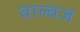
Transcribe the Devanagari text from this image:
वाल्वज